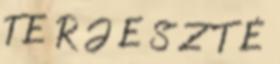
T E R J E S Z T É